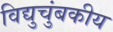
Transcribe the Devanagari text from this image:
विद्युचुंबकीय